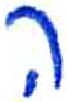
אות: ה